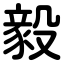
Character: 毅